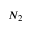
N _ { 2 }